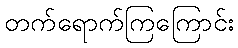
တက်ရောက်ကြကြောင်း